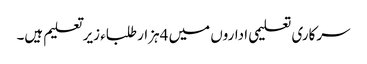
سرکاری تعلیمی اداروں میں 4ہزار طلباء زیر تعلیم ہیں۔